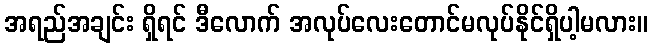
အရည်အချင်း ရှိရင် ဒီလောက် အလုပ်လေးတောင်မလုပ်နိုင်ရှိပါ့မလား။